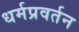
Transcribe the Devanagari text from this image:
धर्मप्रवर्तन